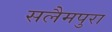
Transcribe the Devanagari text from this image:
सलैमपुरा